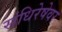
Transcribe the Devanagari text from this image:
संधिरेषेवर